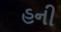
હની